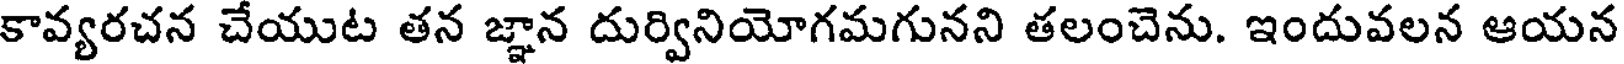
కావ్యరచన చేయుట తన జ్ఞాన దుర్వినియోగమగునని తలంచెను. ఇందువలన ఆయన